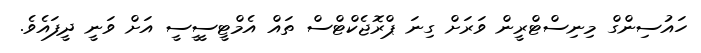
ހައުސިންގް މިނިސްޓްރީން ވަރަށް ގިނަ ޕްރޮޖެކްޓްސް ތައް އެމްޓީސީީސީ އަށް ވަނީ ދީފައެވެ.